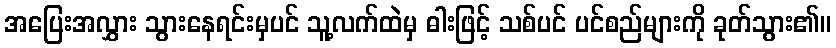
အပြေးအလွှား သွားနေရင်းမှပင် သူ့လက်ထဲမှ ဓါးဖြင့် သစ်ပင် ပင်စည်များကို ခုတ်သွား၏။